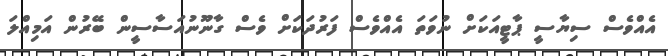
އެއްވެސް ސިޔާސީ ޕާޓީއަކަށް ނުވަތަ އެއްވެސް ފަރުދަކަށް ވެސް ގާނޫނުއަސާސީން ބޭރުން އަމިއްލަ